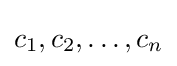
c_{1},c_{2},\ldots ,c_{n}